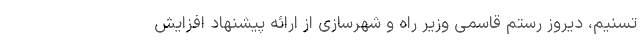
تسنیم، دیروز رستم قاسمی وزیر راه و شهرسازی از ارائه پیشنهاد افزایش